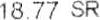
18.77 SR